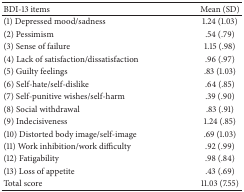
<table><thead><tr><td><b>BDI-13 items</b></td><td><b>Mean (SD)</b></td></tr></thead><tbody><tr><td>(1) Depressed mood/sadness</td><td>1.24 (1.03)</td></tr><tr><td>(2) Pessimism</td><td>.54 (.79)</td></tr><tr><td>(3) Sense of failure</td><td>1.15 (.98)</td></tr><tr><td>(4) Lack of satisfaction/dissatisfaction</td><td>.96 (.97)</td></tr><tr><td>(5) Guilty feelings</td><td>.83 (1.03)</td></tr><tr><td>(6) Self-hate/self-dislike</td><td>.64 (.85)</td></tr><tr><td>(7) Self-punitive wishes/self-harm</td><td>.39 (.90)</td></tr><tr><td>(8) Social withdrawal</td><td>.83 (.91)</td></tr><tr><td>(9) Indecisiveness</td><td>1.24 (.85)</td></tr><tr><td>(10) Distorted body image/self-image</td><td>.69 (1.03)</td></tr><tr><td>(11) Work inhibition/work difficulty</td><td>.92 (.99)</td></tr><tr><td>(12) Fatigability</td><td>.98 (.84)</td></tr><tr><td>(13) Loss of appetite</td><td>.43 (.69)</td></tr><tr><td>Total score</td><td>11.03 (7.55)</td></tr></tbody></table>